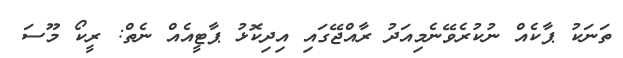
ތަނަކު ޕާކެއް ނުކުރެވޭނެމިއަދު ރާއްޖޭގައި އިދިކޮޅު ޕާޓީއެއް ނެތް: ރީކޯ މޫސަ